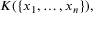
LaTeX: K ( \{ x _ { 1 } , \ldots , x _ { n } \} ) ,